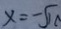
x = - \sqrt { 1 0 }